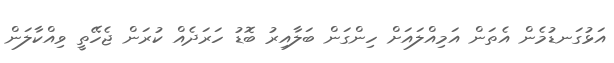
އަޅުގަނޑުމެން އެތަން އަމިއްލައަށް ހިންގަން ބަލާއިރު ބޮޑު ހަރަދެއް ކުރަން ޖެހޭތީ ވިއްކާލަން